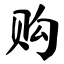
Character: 购